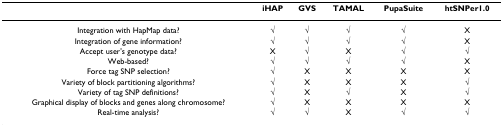
<table><thead><tr><td></td><td><b>iHAP</b></td><td><b>GVS</b></td><td><b>TAMAL</b></td><td><b>PupaSuite</b></td><td><b>htSNPer1.0</b></td></tr></thead><tbody><tr><td>Integration with HapMap data?</td><td>√</td><td>√</td><td>√</td><td>√</td><td>X</td></tr><tr><td>Integration of gene information?</td><td>√</td><td>√</td><td>√</td><td>√</td><td>X</td></tr><tr><td>Accept user&#x27;s genotype data?</td><td>X</td><td>√</td><td>X</td><td>√</td><td>√</td></tr><tr><td>Web-based?</td><td>√</td><td>√</td><td>√</td><td>√</td><td>X</td></tr><tr><td>Force tag SNP selection?</td><td>√</td><td>X</td><td>X</td><td>X</td><td>X</td></tr><tr><td>Variety of block partitioning algorithms?</td><td>√</td><td>X</td><td>X</td><td>X</td><td>√</td></tr><tr><td>Variety of tag SNP definitions?</td><td>√</td><td>X</td><td>√</td><td>X</td><td>√</td></tr><tr><td>Graphical display of blocks and genes along chromosome?</td><td>√</td><td>X</td><td>X</td><td>X</td><td>X</td></tr><tr><td>Real-time analysis?</td><td>√</td><td>√</td><td>X</td><td>√</td><td>√</td></tr></tbody></table>